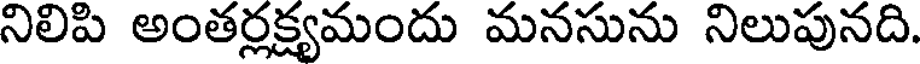
నిలిపి అంతర్లక్ష్యమందు మనసును నిలుపునది.